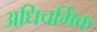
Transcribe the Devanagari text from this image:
अधिचर्मिक